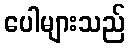
ပေါများသည်